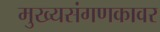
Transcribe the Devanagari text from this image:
मुख्यसंगणकावर